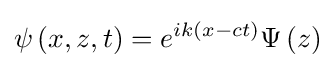
\psi \left(x,z,t\right)=e^{ik\left(x-ct\right)}\Psi \left(z\right)